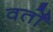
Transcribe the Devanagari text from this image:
वर्तों